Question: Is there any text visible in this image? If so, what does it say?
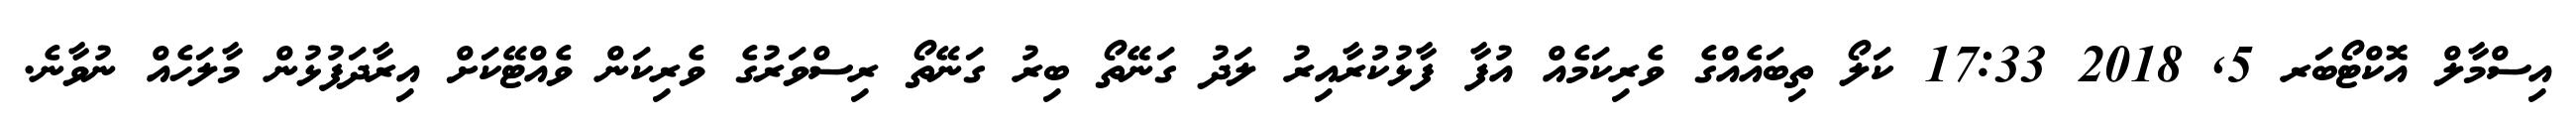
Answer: އިސްމާލް އޮކްޓޯބަރ 5, 2018 17:33 ކަލޯ ތިބައެއްގެ ވެރިކަމެއް އުފާ ފާޅުކުރާއިރު ލަދު ގަނޭތޯ ބިރު ގަނޭތޯ ރިސްވަރުގެ ވެރިކަން ވެއްޓޭކަށް އިރާދަފުޅުން މާލަހެއް ނުވާނެ.